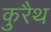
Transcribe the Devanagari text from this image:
कुरैथ